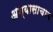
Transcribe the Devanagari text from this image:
अभ्यासाचाच